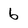
Character: 6